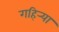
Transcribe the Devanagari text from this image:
गहिर्‍या